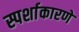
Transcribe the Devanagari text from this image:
स्पर्शाकारणे